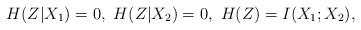
LaTeX: \begin{align*}H(Z|X_1)=0,~H(Z|X_2)=0,~H(Z)=I(X_1;X_2),\end{align*}